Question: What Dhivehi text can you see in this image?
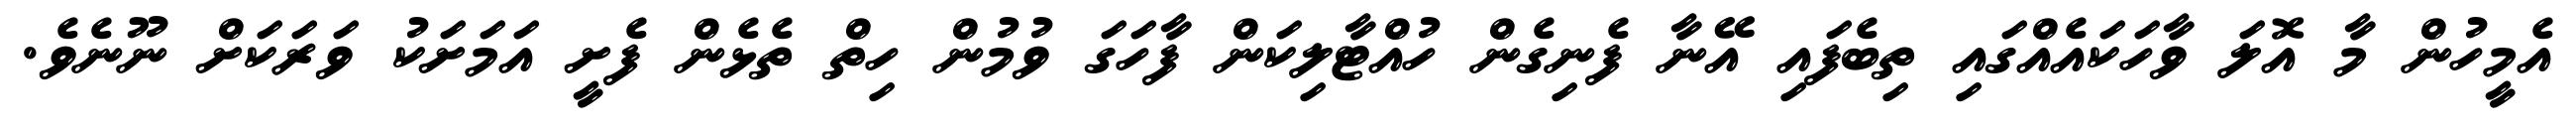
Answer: އެމީހުން މާ އޮލަ ވާހަކައެއްގައި ތިބެފައި އޭނާ ފެނިގެން ހުއްޓާލިކަން ފާހަގަ ވުމުން ހިތް ތެޅެން ފެށީ އަމަށަކު ވަރަކަށް ނޫނެވެ.